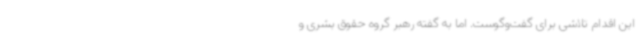
این اقدام تلاشی برای گفت‌وگوست. اما به گفته رهبر گروه حقوق بشری و